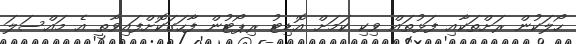
ހޯލަކުން ރަށްތަކާއި ފަޅުތައް ވިކި ކަމަށް އޮޑިޓު ރިޕޯޓުން ފާހަގަކޮށްފައިވާތީ އެ މައްސަލަ